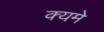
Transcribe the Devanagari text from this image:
क्यमे